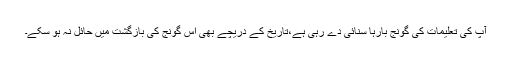
آپ کی تعلیمات کی گونج بارہا سنائی دے رہی ہے،تاریخ کے دریچے بھی اس گونج کی بازگشت میں حائل نہ ہو سکے۔